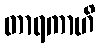
တာရကာဟိ